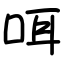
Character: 咡